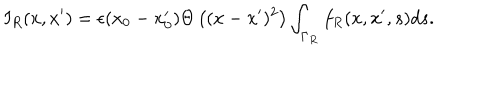
LaTeX: I _ { R } ( x , x ^ { \prime } ) = \epsilon ( x _ { 0 } - x _ { 0 } ^ { \prime } ) \Theta \left( ( x - x ^ { \prime } ) ^ { 2 } \right) \int _ { \Gamma _ { R } } f _ { R } ( x , x ^ { \prime } , s ) d s .